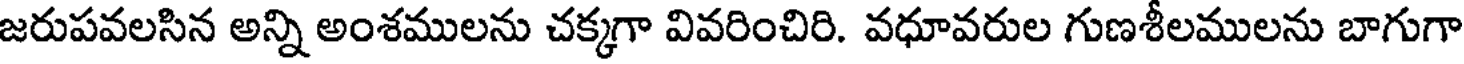
జరుపవలసిన అన్ని అంశములను చక్కగా వివరించిరి. వధూవరుల గుణశీలములను బాగుగా